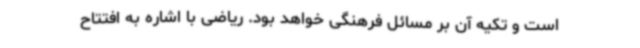
است و تکیه آن بر مسائل فرهنگی خواهد بود. ریاضی با اشاره به افتتاح